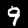
Label: 9